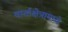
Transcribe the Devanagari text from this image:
वार्ताक्षेत्रामध्ये